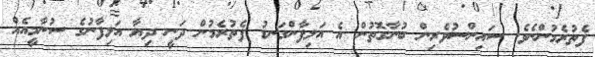
ފެތުރެމުންނެވެ. ސައިންސުވެރިން ބުނާގޮތުން އެ އަލިފާންގަނޑު ފެތުރެމުން ދަނީ ދިޔާ އަލިފާނުގެ ސުނާމީއެއް